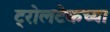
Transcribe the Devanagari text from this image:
ट्रोलटेकच्या